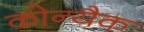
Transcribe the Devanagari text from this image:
कोन्यैक